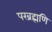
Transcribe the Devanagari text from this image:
परब्रह्मणि